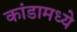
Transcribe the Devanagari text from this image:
कांडामध्ये